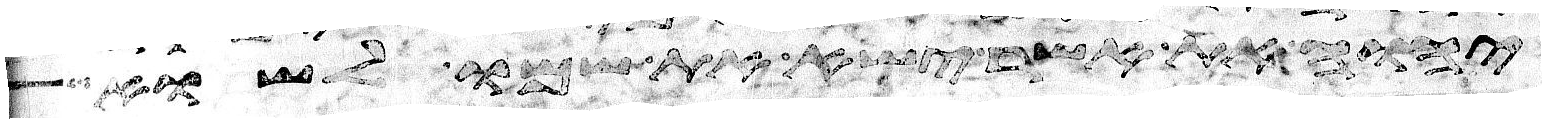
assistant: יהוה את אשר ישא את שמו לשוא